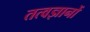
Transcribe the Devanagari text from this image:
तत्वज्ञानों